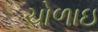
ચોળાઇ